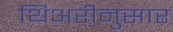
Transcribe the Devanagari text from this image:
थिअरीनुसार